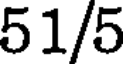
51/5